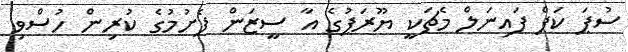
ސުޕަ ކަޕް ފައިނަލް މެޗަކީ ޔޫރަޕުގެ އާ ސީޒަން ފެށުމުގެ ކުރިން ހުސްވި